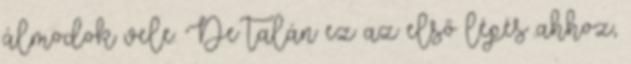
álmodok vele. De talán ez az első lépés ahhoz,